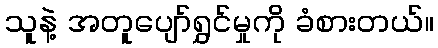
သူနဲ့ အတူပျော်ရွှင်မှုကို ခံစားတယ်။